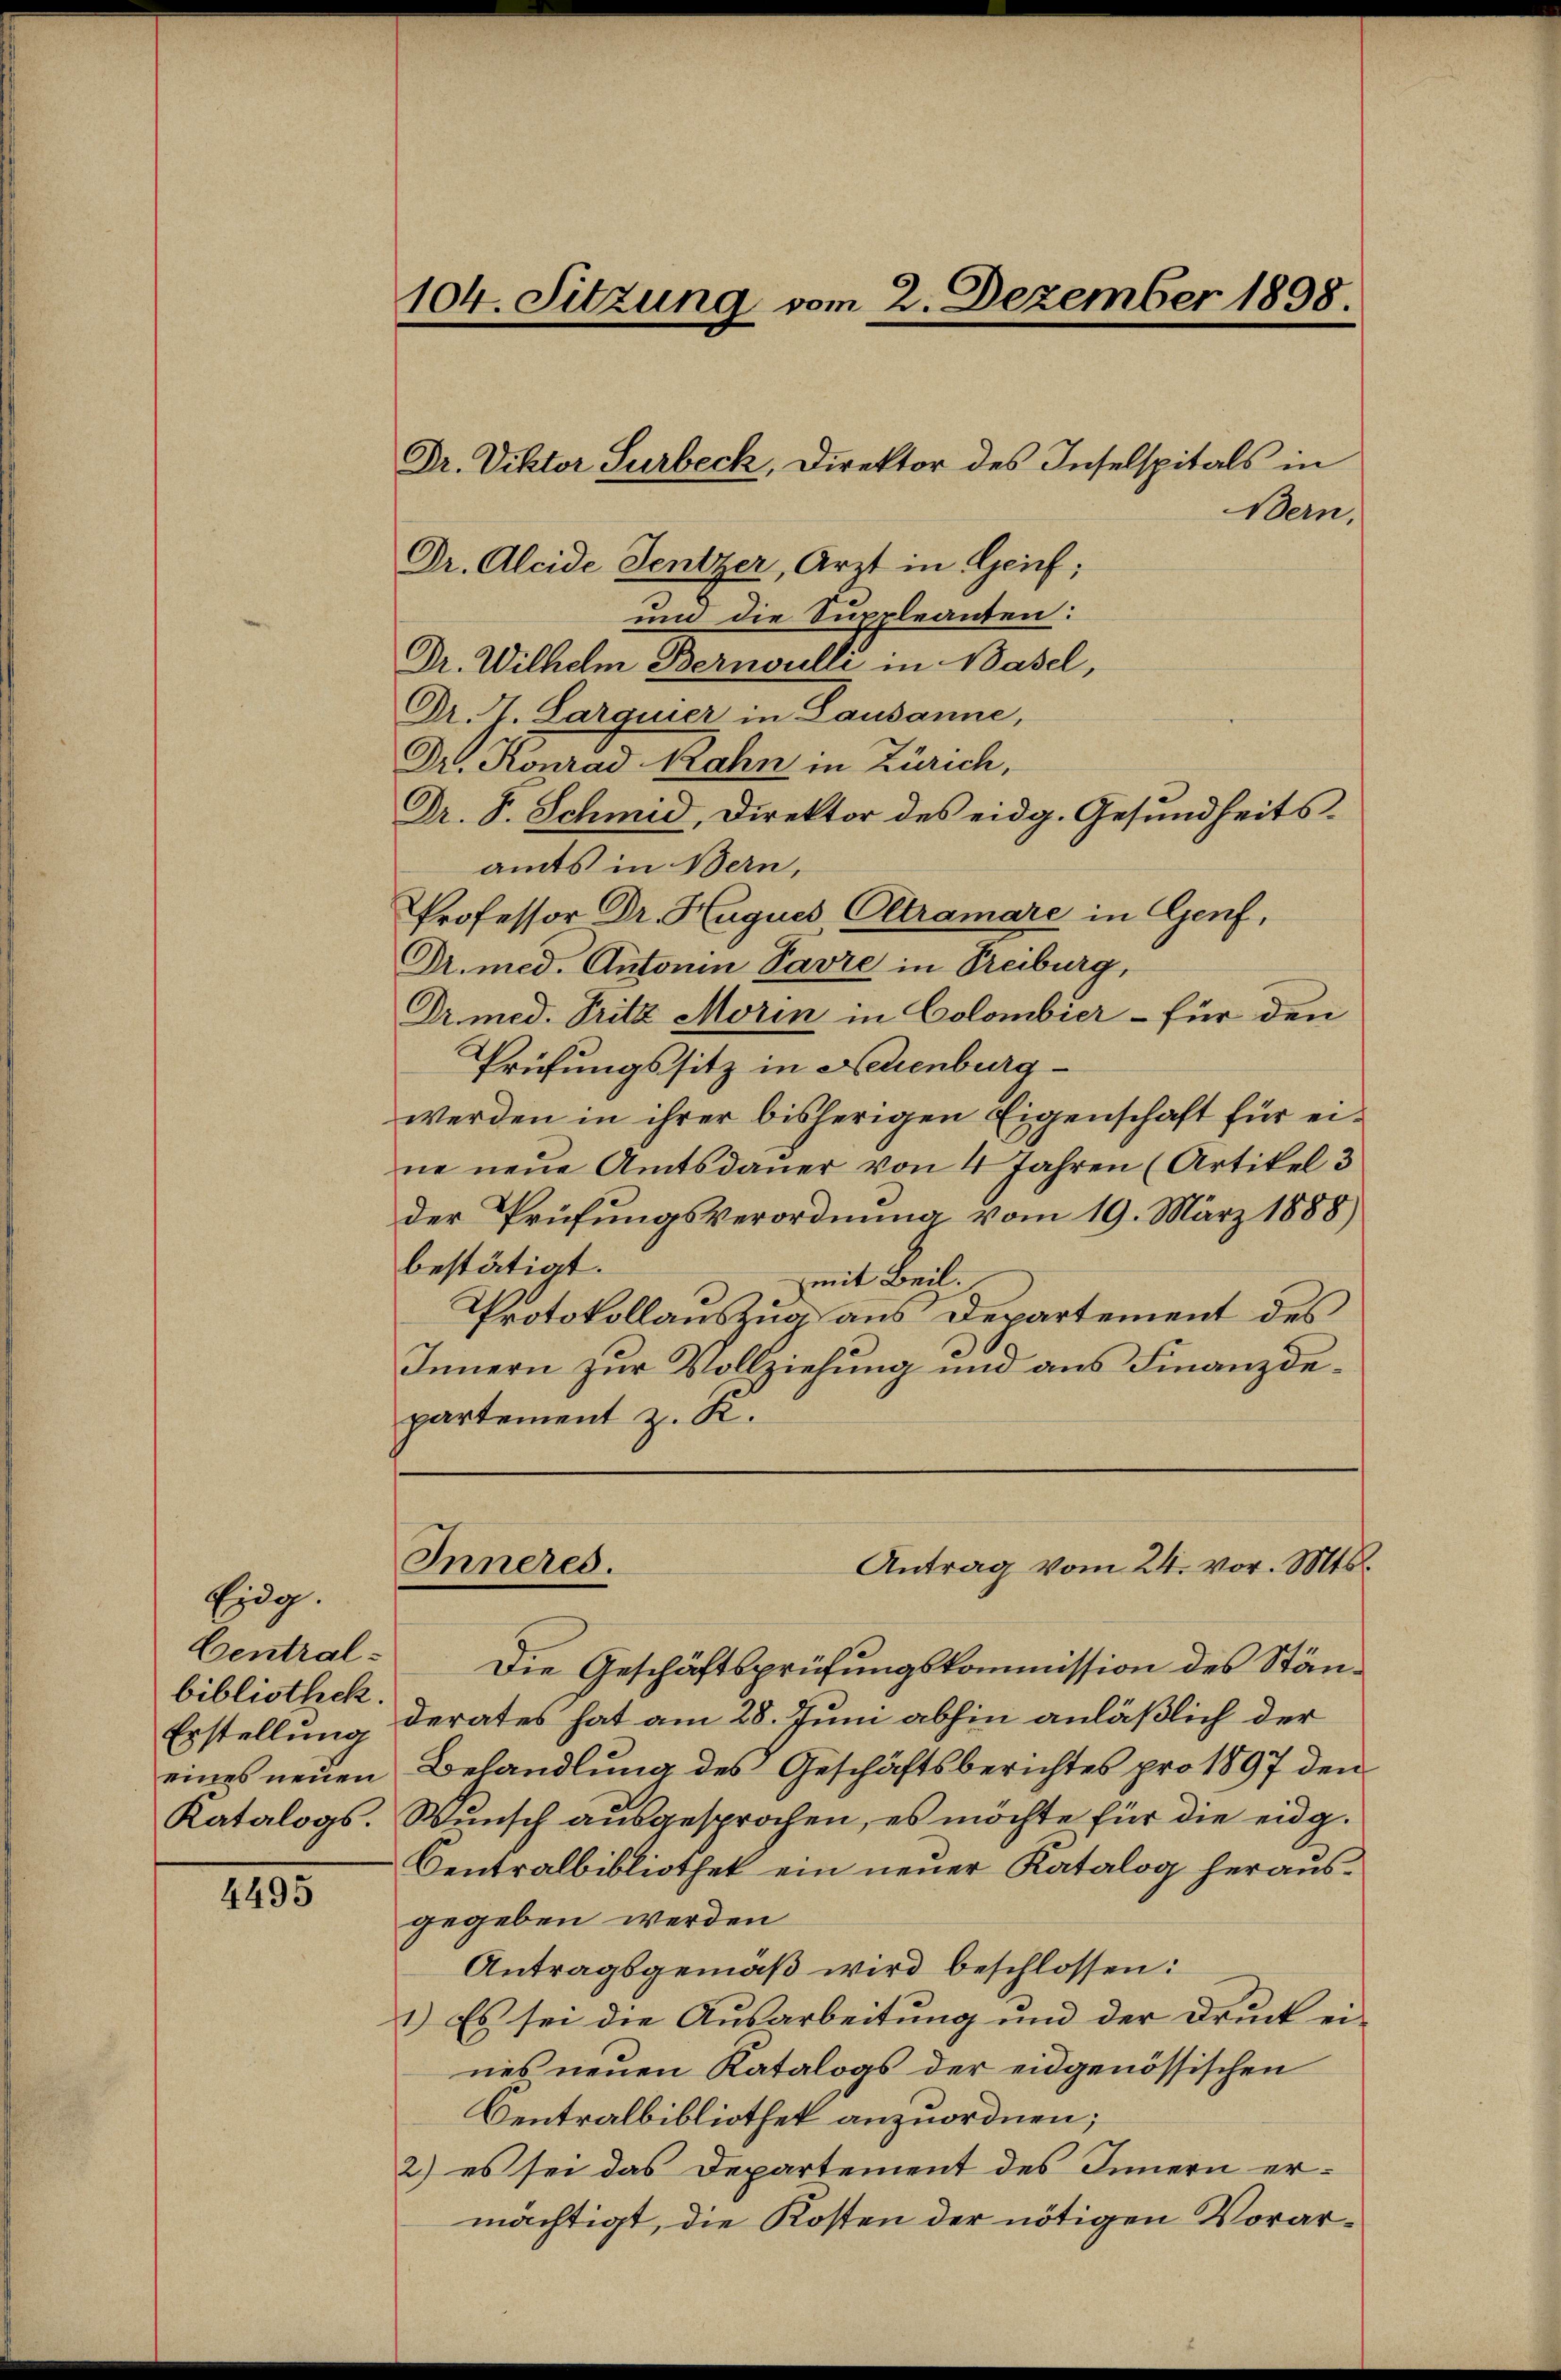
4495

104. Sitzung vom 2. Dezember 1898.

Eidg.
Centralbibliothek.
Erstellung
eines neuen
Katalogs.

Bern,
Dr. Aleide Sentzer, Arzt in Geif;
um die Suppleanten:
Dr. Wilhelm Bernoulli in Basel,
Dr. A. Larguier in Lausanne,
Dr. Konrad Rahn in Zürich,
Dr. S. Schmid, Direktor des eidg. Gesundheitsamts in Bern,
Professor Dr. Hugues Oltramare in Genf,
Dr. med. Antonen Pavre in Treiburg,
Dr. med. Tritz Morin in Colombier - für den
Prüfungssitz in Neuenburg
werden in ihrer bisherigen Eigenschaft für eine neŭe Amtsdauer von 4 Jahren (Artikel 3
der Prüfungsverordnung vom 19. März 1888)
bestätigt.
mit Beil.
Protokollauszug aus Departement des
Innern zur Vollziehung und aus Finanzdepartement z. K.

Dr. Viktor Surbeck, Direktor des Inselspitals in

Antrag vom 24. vor. Mts.
Inneres.

Die Geschäftsprüfungskommission des Ständerates hat am 28. Juni abhin anläßlich der
Behandlung des Geschäftsberichtes pro 1897 den
Wunsch ausgesprochen, es möchte für die eidg.
Centralbibliothek ein neuer Katalog herausgegeben werden
Antragsgemäß wird beschlossen:
1.) Es sei die Ausarbeitung und der Druck ei-
nes neuen Katalogs der eidgenössischen
Centralbibliothek anzuordnen;
2) es sei das Departement des Innern ermächtigt, die Kosten der nötigen Vorar¬